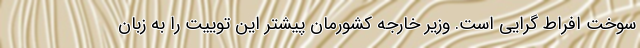
سوخت افراط گرایی است. وزیر خارجه کشورمان پیشتر این توییت را به زبان